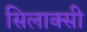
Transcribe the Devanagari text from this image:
सिलाक्सी